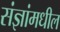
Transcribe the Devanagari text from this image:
संज्ञांमधील